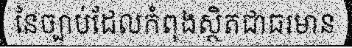
នៃច្បាប់ដែលកំពុងស្ថិតជាធរមាន